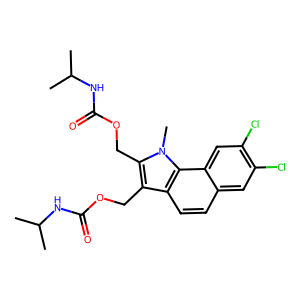
SMILES: CC(C)NC(=O)OCc1c(COC(=O)NC(C)C)n(C)c2c1ccc1cc(Cl)c(Cl)cc12
Inhibits HIV replication: No